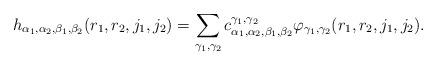
LaTeX: \begin{align*}h_{\alpha_1, \alpha_2, \beta_1, \beta_2} (r_1,r_2,j_1,j_2) =\sum_{\gamma_1, \gamma_2} c_{\alpha_1, \alpha_2, \beta_1,\beta_2}^{\gamma_1, \gamma_2} \varphi_{\gamma_1, \gamma_2}(r_1,r_2,j_1,j_2).\end{align*}